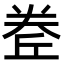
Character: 𡙅